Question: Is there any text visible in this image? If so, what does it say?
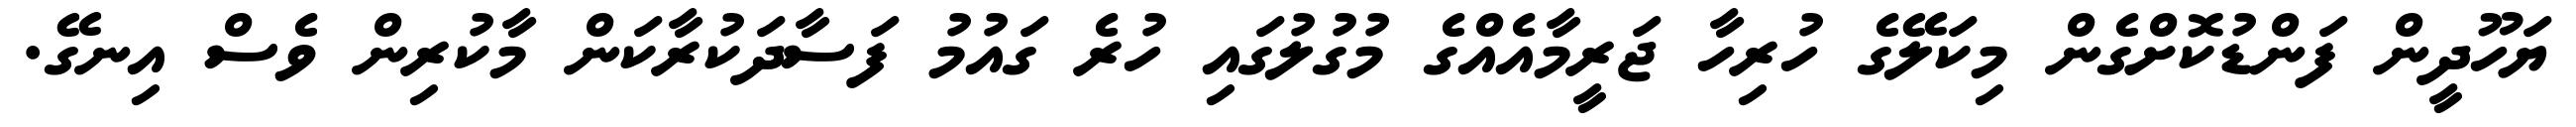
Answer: ޔަހޫދީން ފަންޑުކޮށްގެން މިކަލޭގެ ހުރިހާ ޖަރީމާއެއްގެ މުގުލުގައި ހުރެ ގައުމު ފަސާދަކުރާކަން މާކުރިން ވެސް އިނގޭ.